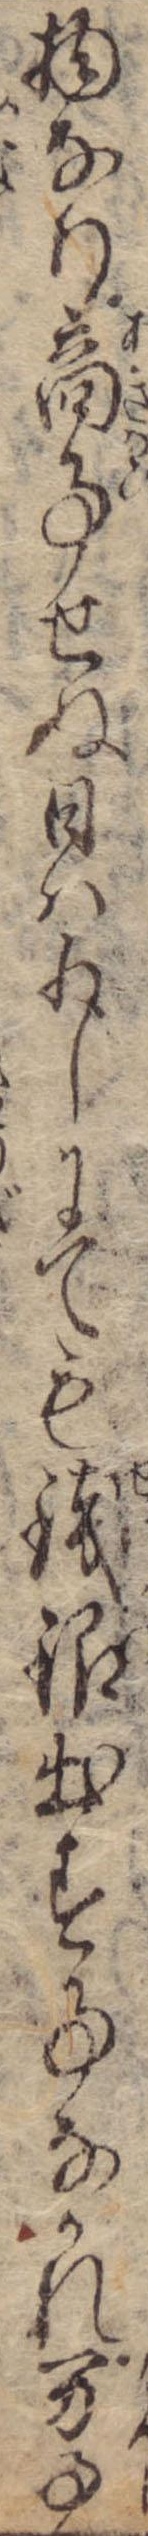
物なり商事せぬ日は少しにても銭銀出す事なかれ万事